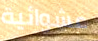
عشوائية